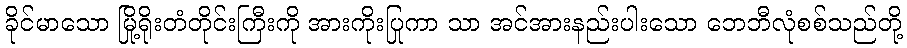
ခိုင်မာသော မြို့ရိုးတံတိုင်းကြီးကို အားကိုးပြုကာ သာ အင်အားနည်းပါးသော ဘေဘီလုံစစ်သည်တို့